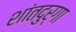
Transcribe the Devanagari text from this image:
शांतदुर्गा